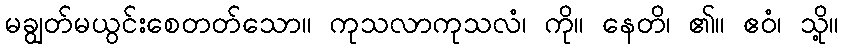
မချွတ်မယွင်းစေတတ်သော။ ကုသလာကုသလံ၊ ကို။ နေတိ၊ ၏။ ဧဝံ၊ သို့။